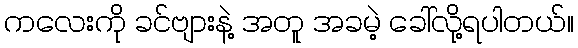
ကလေးကို ခင်ဗျားနဲ့ အတူ အခမဲ့ ခေါ်လို့ရပါတယ်။